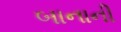
બાનાની